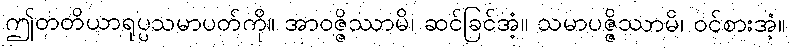
ဤတတိယာရုပ္ပသမာပတ်ကို။ အာဝဇ္ဇိဿာမိ၊ ဆင်ခြင်အံ့။ သမာပဇ္ဇိဿာမိ၊ ဝင်စားအံ့။